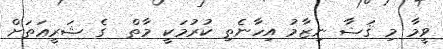
ވީމާ މި ޤަޟާ ނިޒާމު އިހާނެތި ކުރުމަކީ މާތް  ގެ ޝަރީޢަތަށް